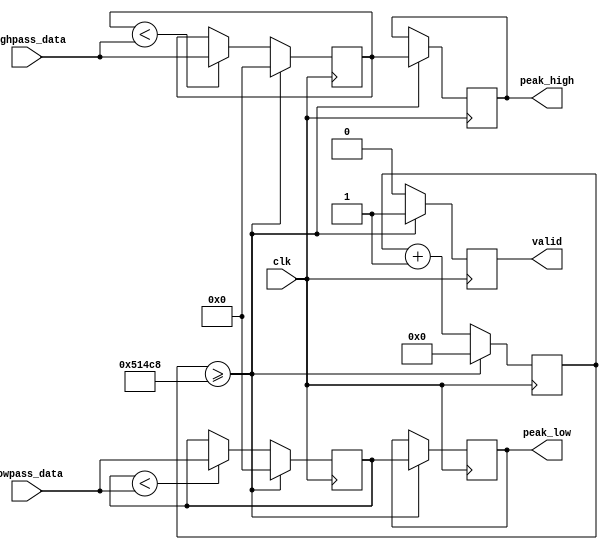
// VXS182, JRG170

/**
 * Calculates the highest value
 * over the last second
 */
module peak_detector 
	(
		input clk,
		input signed [11 : 0] lowpass_data,
		input signed [11 : 0] highpass_data,
		output reg [11 : 0] peak_high,
		output reg [11 : 0] peak_low,
		output reg valid
	);
	
reg [18 : 0] counter;
reg signed [11 : 0] peak_highpass;
reg signed [11 : 0] peak_lowpass;
	
always @(posedge clk) begin
	// Set peak high and peak low and reset everything else 
	if (counter >= 26'd333_000) begin // 20 MHz clock
		counter <= 0;
		peak_high <= peak_highpass;
		peak_low <= peak_lowpass;
		peak_highpass <= 0;
		peak_lowpass <= 0;
		valid <= 1;
	end else begin
		counter <= counter + 1'b1;
		peak_high <= peak_high;
		peak_low <= peak_low;
		valid <= 0;
		
		if (peak_highpass < highpass_data) begin
			peak_highpass <= highpass_data;
		end else begin
			peak_highpass <= peak_highpass;
		end
		
		if (peak_lowpass < lowpass_data) begin
			peak_lowpass <= lowpass_data;
		end else begin
			peak_lowpass <= peak_lowpass;
		end
	end
end
	
endmodule